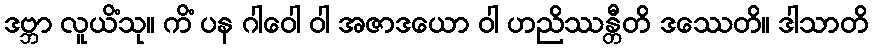
ဒဗ္ဘာ လူယိံသု။ ကိံ ပန ဂါဝေါ ဝါ အဇာဒယော ဝါ ဟညိဿန္တီတိ ဒဿေတိ။ ဒါသာတိ